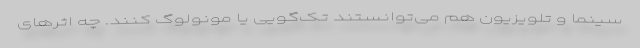
سینما و تلویزیون هم می‌توانستند تک‌گویی یا مونولوگ کنند. چه اثرهای